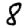
Digit: 8